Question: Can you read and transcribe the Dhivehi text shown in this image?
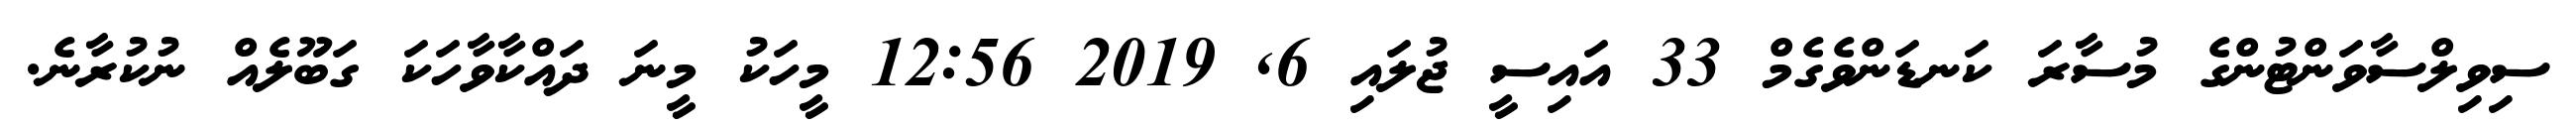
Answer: ސިވިލްސާވަންޓުންގެ މުސާރަ ކަނޑަންވެގެމް 33 އައިސީ ޖުލައި 6, 2019 12:56 މީހަކު މީނަ ދައްކާވާހަކަ ގަބޫލެއް ނުކުރާނެ.